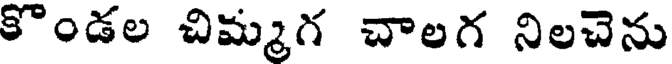
కొండల చిమ్మగ చాలగ నిలచెను